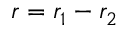
r = r _ { 1 } - r _ { 2 }